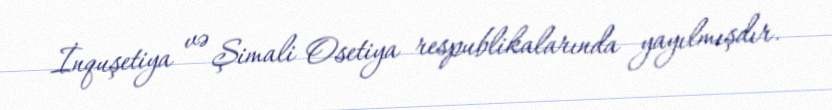
İnquşetiya və Şimali Osetiya respublikalarında yayılmışdır.